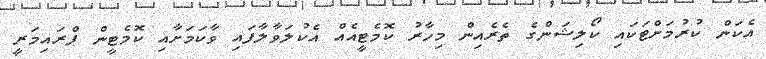
އެކަން ކުރުމަށްޓަކައި ކޯލިޝަންގެ ތެރެއިން މިހާރު ކޮމެޓީއެއް އެކުލަވާލާފައި ވާކަމަށާއި ކޮމެޓީން ޕްރައިމަރީ